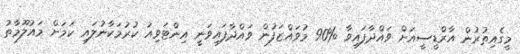
މީގެއިތުރުން އާރްޑީސީއަށް ވައްދާފައިވާ %90 މުވައްޒަފުން ވައްދާފައިވަނީ އިންޓަވިއު ކުރުމަކާނުލައި ކަމަށް މައުލޫމާތު